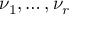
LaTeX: \nu _ { 1 } , \dots , \nu _ { r }